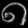
Digit: ၈